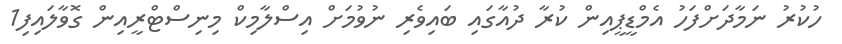
ހުކުރު ނަމާދަށްފަހު އެމްޑީޕީއިން ކުރާ ދުއާގައި ބައިވެރި ނުވުމަށް އިސްލާމިކް މިނިސްޓްރީއިން ގޮވާލައިފި1